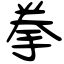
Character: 拳